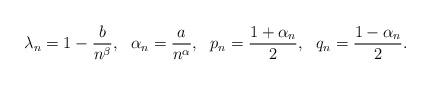
LaTeX: \begin{align*} \lambda_n= 1-\frac{b}{n^\beta}, \ \ \alpha_n=\frac{a}{n^{\alpha}}, \ \ p_n= \frac{1+ \alpha_n}{2}, \ \ q_n= \frac{1-\alpha_n}{2}. \end{align*}